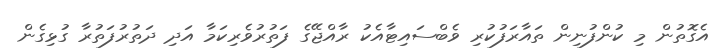
އެގޮތުން މި ކުންފުނިން ތައާރަފުކުރި ވެބްސައިޓާއެކު ރާއްޖޭގެ ފަތުރުވެރިކަމާ އަދި ދަތުރުފަތުރާ ގުޅިގެން